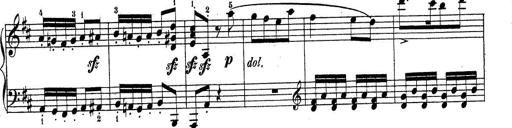
Title: Sonatine No.3
Composer: Peter Piel
Key: D major